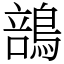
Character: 䳝